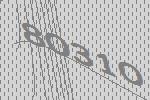
80310